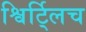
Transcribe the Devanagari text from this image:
श्विर्ट्लिच